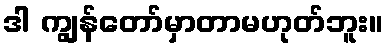
ဒါ ကျွန်တော်မှာတာမဟုတ်ဘူး။